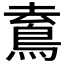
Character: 𩿟